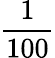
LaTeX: \frac{1}{100}